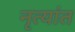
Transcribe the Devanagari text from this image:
नृत्यांत